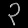
Digit: ၃